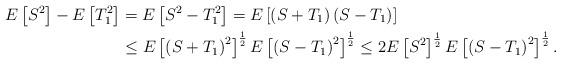
LaTeX: \begin{align*}E\left[S^2\right] - E\left[T_1^2\right] &= E\left[S^2 - T_1^2\right] = E\left[\left(S + T_1\right) \left(S - T_1\right)\right]\\&\leq E\left[\left(S + T_1\right)^2\right]^{\frac{1}{2}} E\left[\left(S - T_1\right)^2\right]^{\frac{1}{2}}\leq 2 E\left[S^2\right]^{\frac{1}{2}} E\left[\left(S - T_1\right)^2\right]^{\frac{1}{2}}.\end{align*}